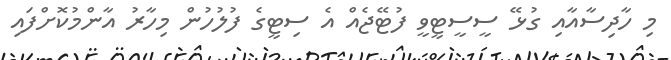
މި ހާދިސާއާއި ގުޅޭ ސީސީޓީވީ ފުޓޭޖެއް އެ ސިޓީގެ ފުލުހުން މިހާރު އާންމުކޮށްފައި